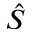
\hat { S }